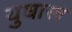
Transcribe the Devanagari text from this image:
युधास्त्र